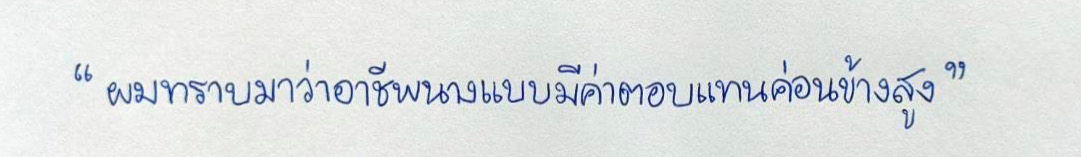
"ผมทราบมาว่าอาชีพนางแบบมีค่าตอบแทนค่อนข้างสูง"